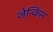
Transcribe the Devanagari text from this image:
जेन्किंस